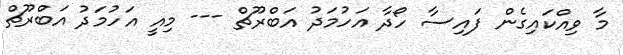
މާ ވިއްކައިގެން ފައިސާ ހޯދާ އަހުމަދު އަބްރޫޗް --- މިއީ އަހުމަދު އަބްރޫޗް